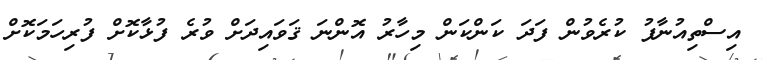
އިސްތިއުނާފު ކުރެވުން ފަދަ ކަންކަން މިހާރު އޮންނަ ޤަވައިދަށް ވުރެ ފުޅާކޮށް ފުރިހަމަކޮށް